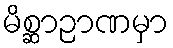
မိစ္ဆာဉာဏမှာ